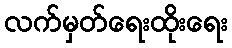
လက်မှတ်ရေးထိုးရေး